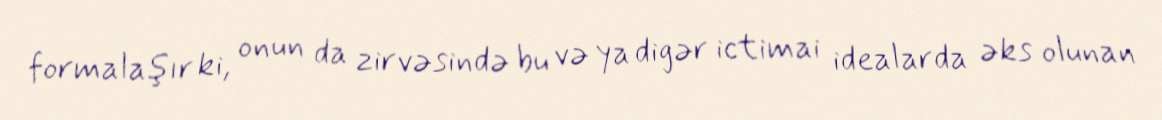
formalaşır ki, onun da zirvəsində bu və ya digər ictimai idealarda əks olunan